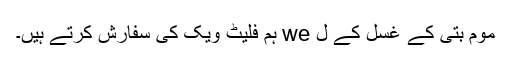
موم بتی کے غسل کے ل we ہم فلیٹ ویک کی سفارش کرتے ہیں۔